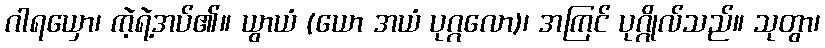
ဂါရယှော၊ ကဲ့ရဲ့အပ်၏။ ယွာယံ (ယော အယံ ပုဂ္ဂလော)၊ အကြင် ပုဂ္ဂိုလ်သည်။ သုတွာ၊